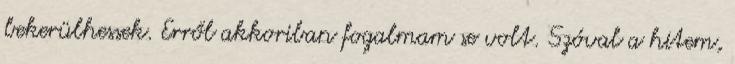
bekerülhessek. Erről akkoriban fogalmam se volt. Szóval a hitem,